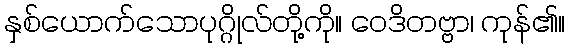
နှစ်ယောက်သောပုဂ္ဂိုလ်တို့ကို။ ဝေဒိတဗ္ဗာ၊ ကုန်၏။